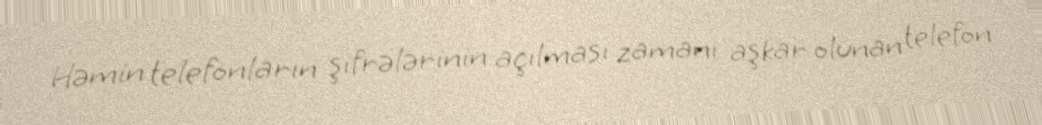
Həmin telefonların şifrələrinin açılması zamanı aşkar olunan telefon